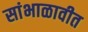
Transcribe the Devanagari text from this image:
सांभाळावीत